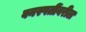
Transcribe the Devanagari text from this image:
वनस्पतींवरील